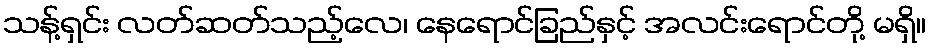
သန့်ရှင်း လတ်ဆတ်သည့်လေ၊ နေရောင်ခြည်နှင့် အလင်းရောင်တို့ မရှိ။